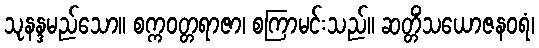
သုနန္ဒမည်သော။ စက္ကဝတ္တရာဇာ၊ စကြာမင်းသည်။ ဆတ္တိံသယောဇနဝရံ၊